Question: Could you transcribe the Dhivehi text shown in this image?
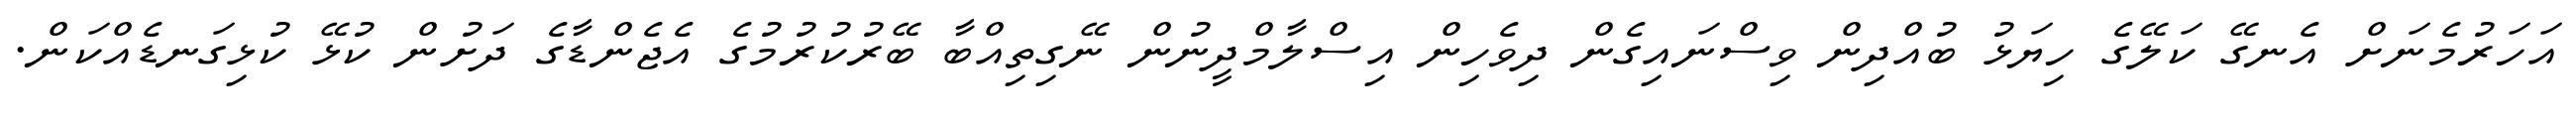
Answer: އަހަރުމެނަށް އެނގޭ ކަލޭގެ ހިޔަޅު ބުއްދިން ވިސްނައިގެން ދިވެހިން އިސްލާމްދީނުން ނޭގިތިއްބާ ބޭރުކުރުމުގެ އެޖެންޑާގެ ދަށުން ކުޅޭ ކުޅިގަނޑެއްކަން.